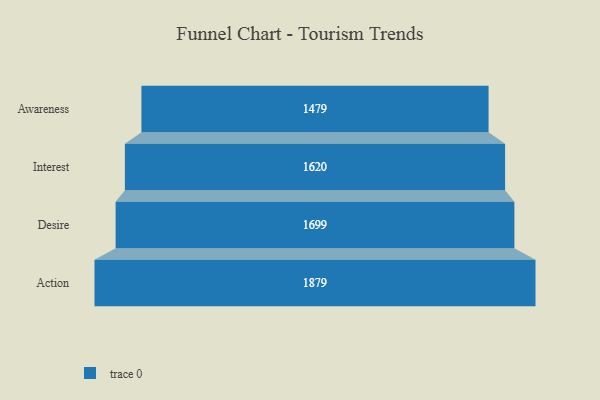
{"axis": {"x": "Stage", "y": "Value"}, "legend": [""], "data": [{"x": "Awareness", "y": 1479.0, "type": ""}, {"x": "Interest", "y": 1620.0, "type": ""}, {"x": "Desire", "y": 1699.0, "type": ""}, {"x": "Action", "y": 1879.0, "type": ""}]}